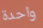
واحدة